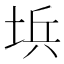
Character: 㙃